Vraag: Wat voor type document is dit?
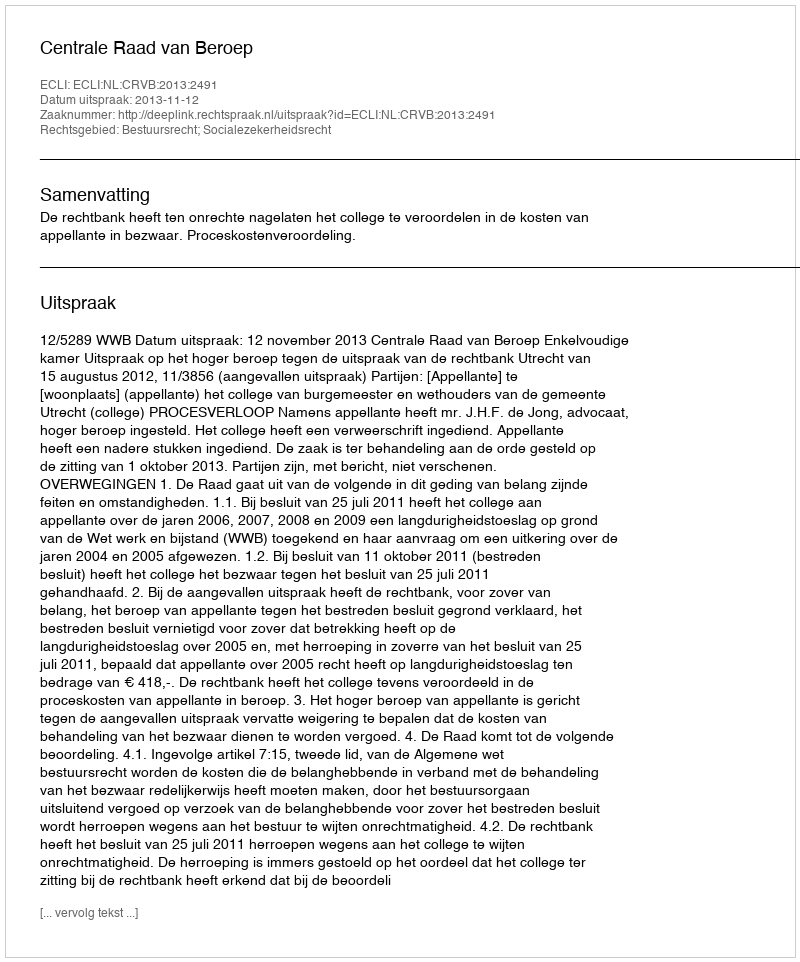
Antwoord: Uitspraak